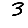
Digit: 3